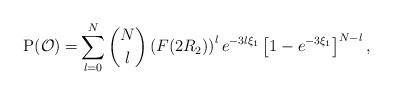
LaTeX: \begin{align*}\mathrm{P}(\mathcal{O})=& \sum^{N}_{l=0}{N \choose l}\left(F(2R_2)\right)^l e^{-3l\xi_1} \left[1-e^{-3\xi_1}\right]^{N-l},\end{align*}